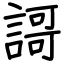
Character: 謌